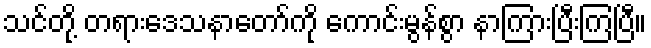
သင်တို့ တရားဒေသနာတော်ကို ကောင်းမွန်စွာ နာကြားပြီးကြပြီ။